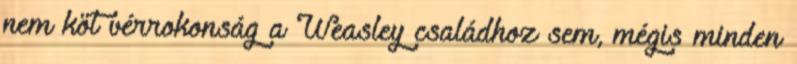
nem köt vérrokonság a Weasley családhoz sem, mégis minden